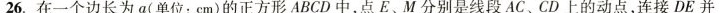
26.在一个边长为a(单位：cm)的正方形ABCD中，点E、M分别是线段AC、CD上的动点，连接DE